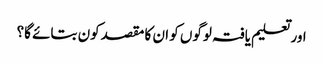
اور تعلیم یافتہ لوگوں کو ان کا مقصدکون بتائے گا؟